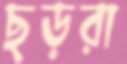
ছড়রা